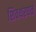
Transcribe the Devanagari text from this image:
शिवथरघळं